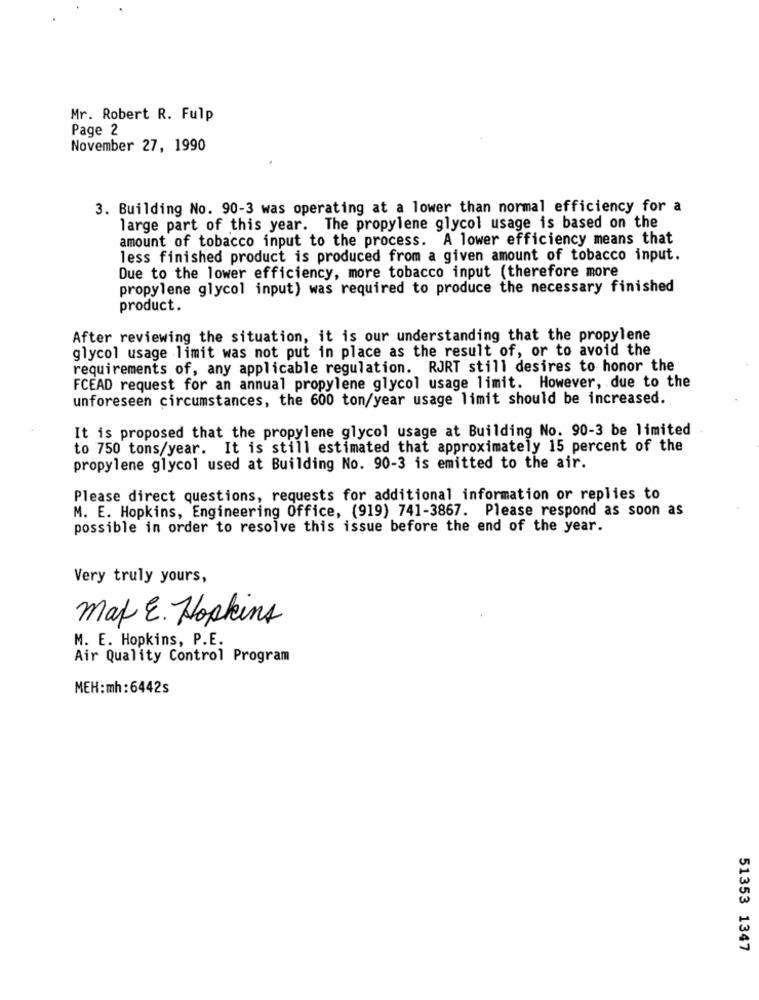
Mr. Robert R. Fulp
Page 2
November 27, 1990
3. Building No. 90-3 was operating at a lower than normal efficiency for a
large part of this year. The propylene glycol usage is based on the
amount of tobacco input to the process. A lower efficiency means that
less finished product is produced from a given amount of tobacco input.
Due to the lower efficiency, more tobacco input (therefore more
propylene glycol input) was required to produce the necessary finished
product.
After reviewing the situation, it is our understanding that the propylene
glycol usage limit was not put in place as the result of, or to avoid the
requirements of, any applicable regulation. RJRT still desires to honor the
FCEAD request for an annual propylene glycol usage limit. However, due to the
unforeseen circumstances, the 600 ton/year usage limit should be increased.
It is proposed that the propylene glycol usage at Building No. 90-3 be limited
to 750 tons/year. It is still estimated that approximately 15 percent of the
propylene glycol used at Building No. 90-3 is emitted to the air.
Please direct questions, requests for additional information or replies to
M. E. Hopkins, Engineering Office, (919) 741-3867. Please respond as soon as
possible in order to resolve this issue before the end of the year.
Very truly yours,
mat E. Hopkins
M. E. Hopkins, P.E.
Air Quality Control Program
MEH:mh: 6442s
51353 1347